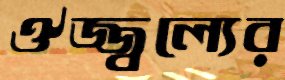
ঔজ্জ্বল্যের